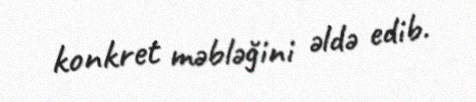
konkret məbləğini əldə edib.